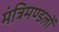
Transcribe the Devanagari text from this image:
मंत्रिमण्डलों